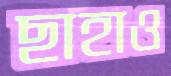
ছাহাও